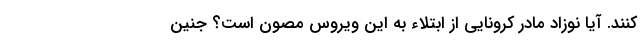
کنند. آیا نوزاد مادر کرونایی از ابتلاء به این ویروس مصون است؟ جنین